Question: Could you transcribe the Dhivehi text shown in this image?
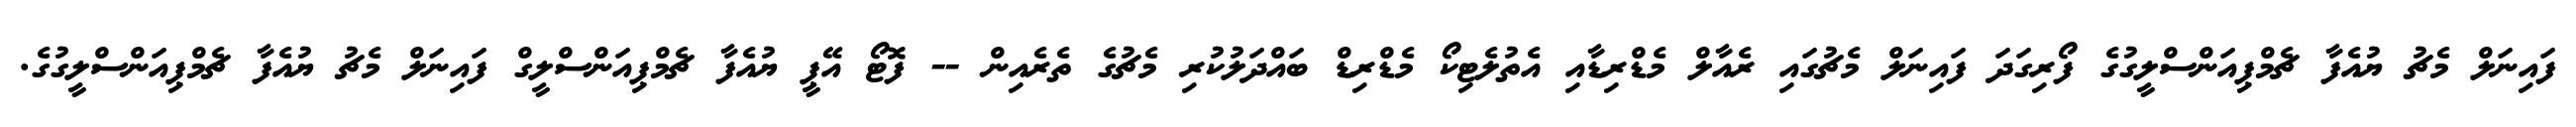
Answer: ފައިނަލް މެޗު ޔުއެފާ ޗެމްޕިއަންސްލީގުގެ ފޯރިގަދަ ފައިނަލް މެޗުގައި ރެއާލް މެޑްރިޑާއި އެތުލެޓިކޯ މެޑްރިޑް ބައްދަލުކުރި މެޗުގެ ތެރެއިން -- ފޮޓޯ އޭޕީ ޔުއެފާ ޗެމްޕިއަންސްލީގް ފައިނަލް މެޗު ޔުއެފާ ޗެމްޕިއަންސްލީގުގެ.